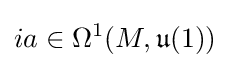
ia\in \Omega ^{1}(M,{\mathfrak {u}}(1))